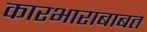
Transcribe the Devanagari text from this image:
कारभाराबाबत